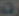
رقم